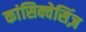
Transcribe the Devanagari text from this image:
कांसिक्वेसिंज़